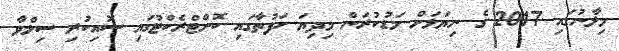
މިލާނުގައި 2017 ގެ ނިޔަލަށް މަޑުކުރަން މިދިޔަ ހަފުތާގައި ކޮންޓްރެކްޓުގައި ސޮއިކުރި ސިލްވާ